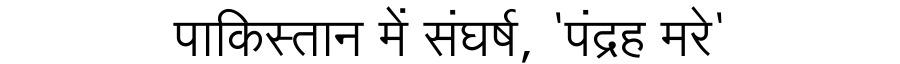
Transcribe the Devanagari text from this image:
पाकिस्तान में संघर्ष, 'पंद्रह मरे'